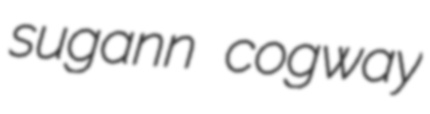
sugann cogway